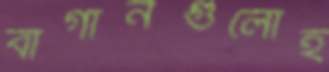
বাগানগুলোই